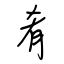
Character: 肴